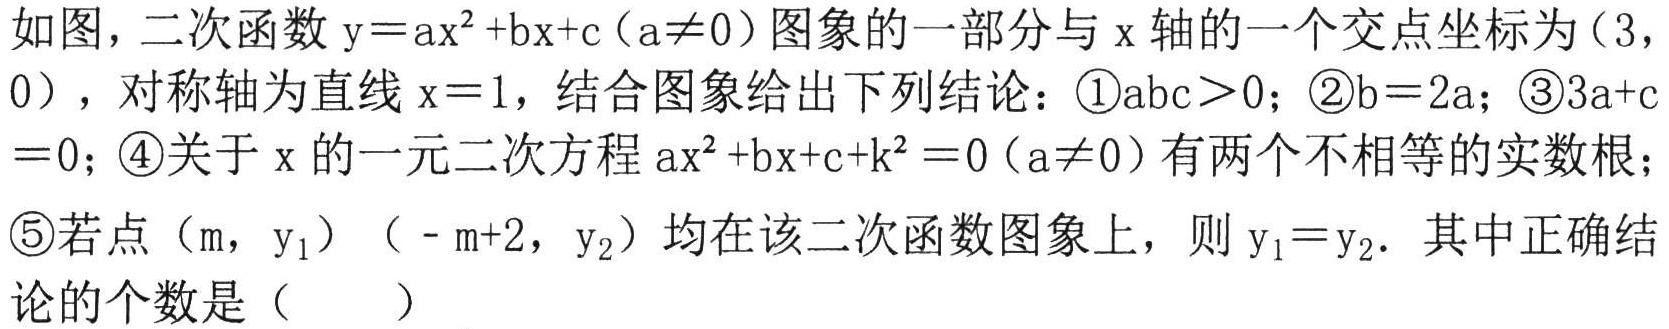
如图，二次函数$\mathrm{y}=\mathrm{a}\mathrm{x}^{2}+\mathrm{b}\mathrm{x}+\mathrm{c}(\mathrm{a}\neq0)$图象的一部分与$\mathrm{x}$轴的一个交点坐标为$(3, 0)$，对称轴为直线$\mathrm{x}=1$，结合图象给出下列结论：\textcircled{1}$\mathrm{a}\mathrm{b}\mathrm{c}>0$；\textcircled{2}$\mathrm{b}=2\mathrm{a}$；\textcircled{3}$3\mathrm{a}+\mathrm{c}=0$；\textcircled{4}关于$\mathrm{x}$的一元二次方程$\mathrm{a}\mathrm{x}^{2}+\mathrm{b}\mathrm{x}+\mathrm{c}+\mathrm{k}^{2}=0(\mathrm{a}\neq0)$有两个不相等的实数根；\textcircled{5}若点$(\mathrm{m},\mathrm{y}_{1})$、$(-\mathrm{m}+2,\mathrm{y}_{2})$均在该二次函数图象上，则$\mathrm{y}_{1}=\mathrm{y}_{2}$．其中正确结论的个数是（  ）